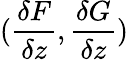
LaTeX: (\frac{\delta F}{\delta z},\frac{\delta G}{\delta z})